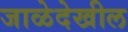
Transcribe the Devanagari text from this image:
जाळेदेखील